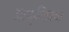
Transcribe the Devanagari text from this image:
आफ्रिकाचा